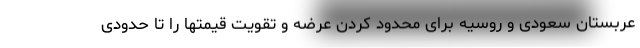
عربستان سعودی و روسیه برای محدود کردن عرضه و تقویت قیمتها را تا حدودی